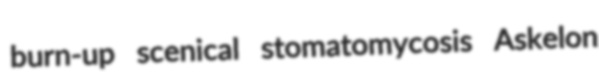
burn-up scenical stomatomycosis Askelon